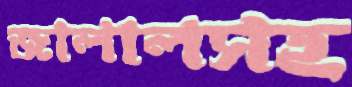
জালালসহ